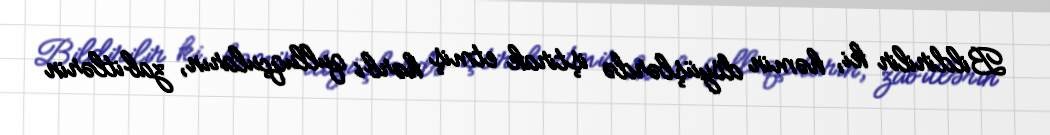
Bildirilir ki, həmin döyüşlərdə iştirak etmiş hərbi qulluqçuların, zabitlərin